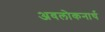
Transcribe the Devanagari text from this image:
अवलोकनार्थ